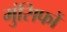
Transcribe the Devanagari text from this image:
मुंसिफों